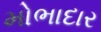
મોભાદાર